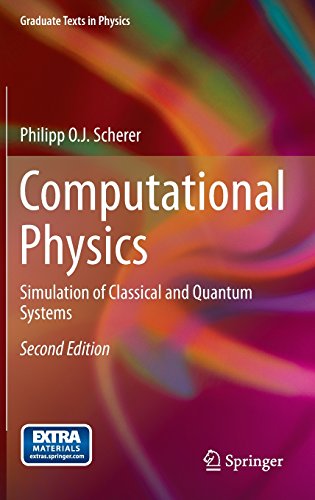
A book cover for Computational Physics: Simulation of Classical and Quantum Systems (Graduate Texts in Physics); Philipp O.J. Scherer; Science & Math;